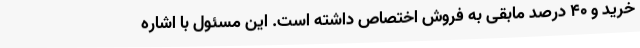
خرید و 40 درصد مابقی به فروش اختصاص داشته است. این مسئول با اشاره